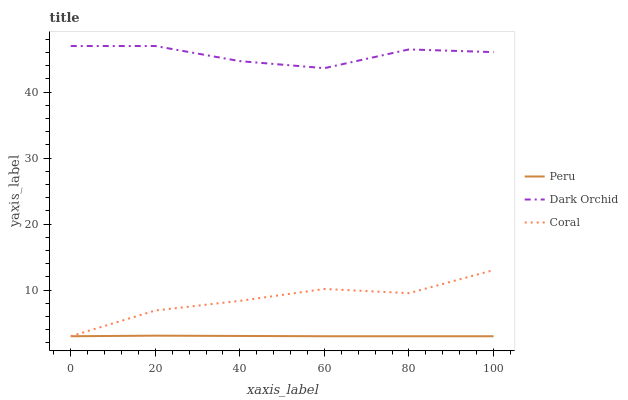
| xaxis_label | Peru | Dark Orchid | Coral |
 | --- | --- | --- | --- |
 | 0 | 3 | 47 | 3 |
 | 20 | 3.09 | 47 | 6.9 |
 | 40 | 3.04 | 44.7 | 8.37 |
 | 60 | 3 | 43.6 | 10.2 |
 | 80 | 3 | 46.5 | 9.53 |
 | 100 | 3 | 46.1 | 13 |